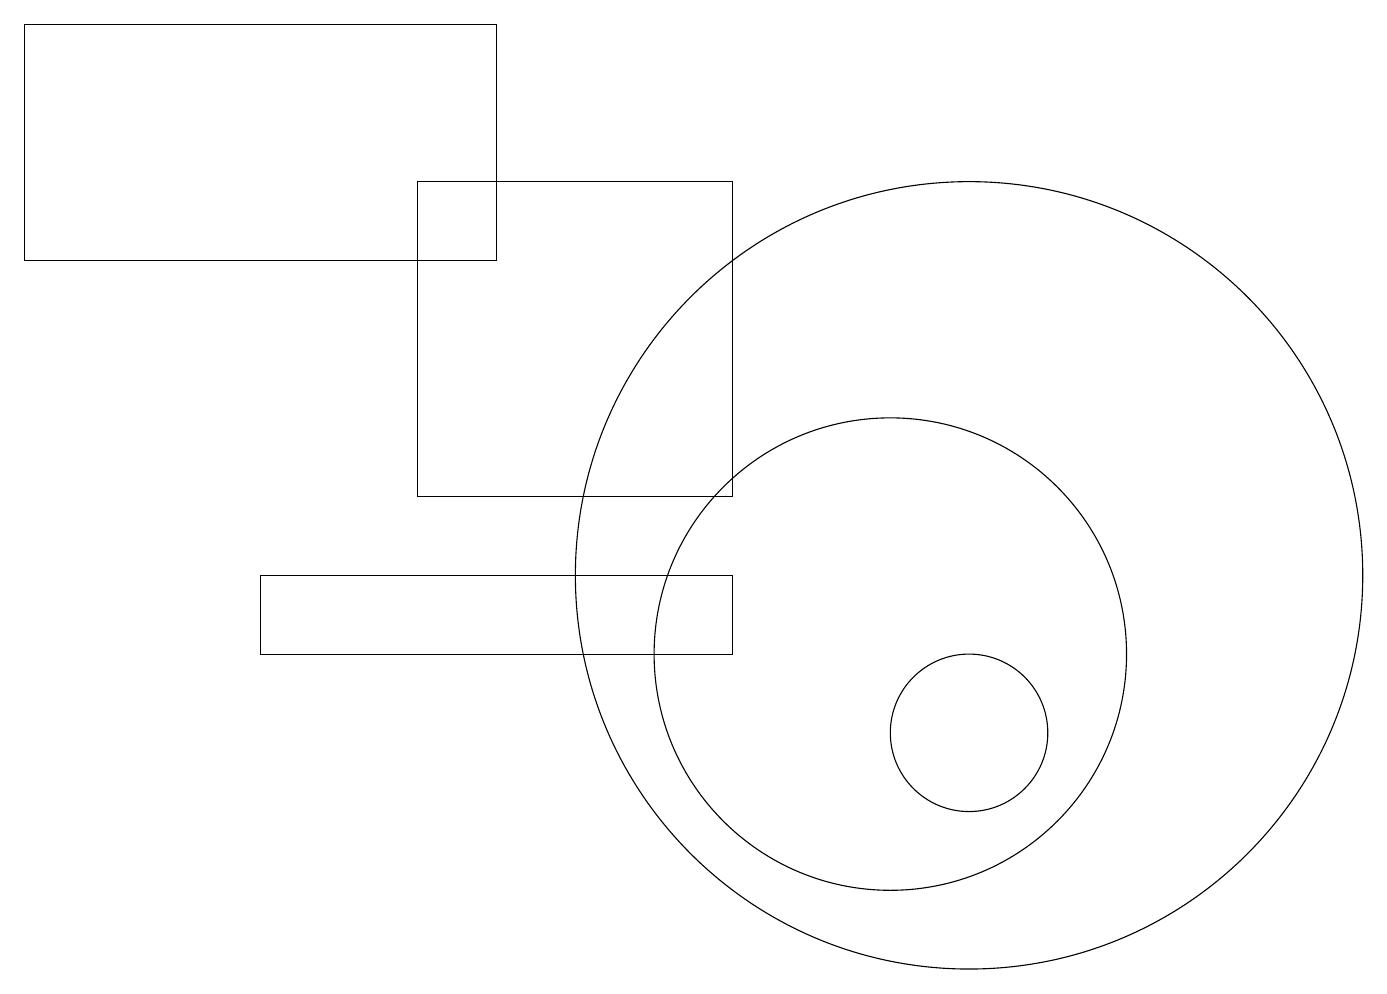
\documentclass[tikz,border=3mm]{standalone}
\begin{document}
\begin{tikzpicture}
\draw (11,11) circle (3);
\draw (3,12) rectangle (9,11);
\draw (12,12) circle (5);
\draw (6,19) rectangle (0,16);
\draw (5,17) rectangle (9,13);
\draw (12,10) circle (1);
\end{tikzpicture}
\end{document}